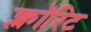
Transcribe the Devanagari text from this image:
क्लॉरिट